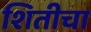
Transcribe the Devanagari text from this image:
शितीचा